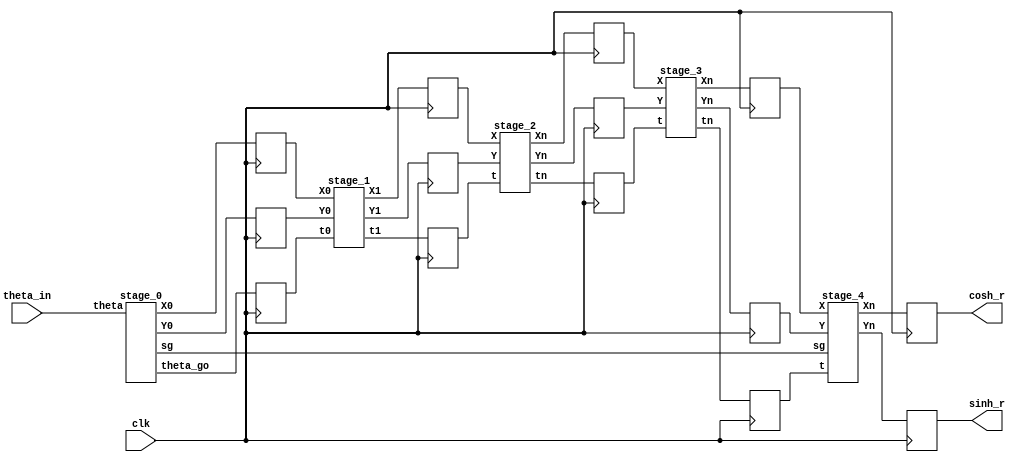
`timescale 1ns / 1ps
//////////////////////////////////////////////////////////////////////////////////
// Company: 
// Engineer: 
// 
// Design Name: 
// Module Name: flow
// Project Name: 
// Target Devices: 
// Tool Versions: 
// Description: 
// 
// Dependencies: 
// 
// Revision:
// Revision 0.01 - File Created
// Additional Comments:
// 
//////////////////////////////////////////////////////////////////////////////////


module flow(
    input clk,
    //input [15:0] X0,
    //input [15:0] Y0,
    input [20:0] theta_in,
    output reg [20:0] cosh_r,
    output reg [20:0] sinh_r
    );
    
    
    wire [20:0] X0, Y0;
    wire [20:0] X1, Y1, X2, Y2, X3, Y3;
	wire [20:0] theta0, theta1, theta2, theta3;
	wire [20:0] cosh,sinh;
	
	reg [20:0] X0_r, Y0_r;
	reg [20:0] X1_r, Y1_r, X2_r, Y2_r, X3_r, Y3_r;
	reg [20:0] theta0_r, theta1_r, theta2_r, theta3_r;
	
	wire sg;
	
	//wire [15:0]t_abs;
	//wire s_bit;
	
	//abs1 inst(theta0,t_abs, s_bit);
	
	
	stage_0 s0(theta_in, theta0, sg, X0, Y0);
	
	stage_1 s1(X0_r, Y0_r, theta0_r, X1, Y1, theta1);
	
	stage_2 s2(X1_r, Y1_r, theta1_r, X2, Y2, theta2);

	stage_3 s3(X2_r, Y2_r, theta2_r, X3, Y3, theta3);
	
	stage_4 s4(X3_r, Y3_r, theta3_r, sg, cosh, sinh);



	
	always@(posedge clk)
	begin
	   
	   theta0_r <= theta0;
	   theta1_r <= theta1;
	   theta2_r <= theta2;
	   theta3_r <= theta3;
	   
	   X0_r <= X0;
	   X1_r <= X1;
       X2_r <= X2;
       X3_r <= X3;
        	
       Y0_r <= Y0;
       Y1_r <= Y1;
       Y2_r <= Y2;
       Y3_r <= Y3;
       
       cosh_r <= cosh;
       sinh_r <= sinh;
	
	end
	
	
    
endmodule





//stage 1

module stage_1(
	input [20:0] X0, Y0, t0,
	output reg [20:0] X1, Y1, t1);

	wire [20:0] t_abs;
	wire s_bit;
	
	wire [20:0] xs, xc, ys, yc;
	
	
	(*DONT_TOUCH = "YES"*) abs1 inst1 (t0, t_abs, s_bit);
	(*DONT_TOUCH = "YES"*) shift_1 inst2  (X0,Y0,xc,ys);
	(*DONT_TOUCH = "YES"*) shift_1 inst3 (Y0,X0,yc,xs);
	
	
	//wire [15:0] xs_c,ys_c;
	//two_c inst_c1(xs,ys,xs_c,ys_c);
	
	
	
	always@(*)begin
		if(t_abs <=21'b000000100000000000000)
		begin
			X1 = X0;
			Y1 = Y0;
			t1 = t0;	
		end
		else
		begin
		     X1 = (s_bit) ? xc-ys : xc+ys ;
		     //X1 = xc+ys;
		     Y1 = (s_bit) ? yc-xs : yc+xs ;
		     t1 = (s_bit) ? t0 +21'b000001000000000000000 : t0 - 21'b000001000000000000000 ;
		end
		
		
		
	end

endmodule



// stage 2

module stage_2(
	input [20:0]X,Y,t,
	output reg [20:0] Xn, Yn, tn);
	
	wire [20:0] t_abs;
	wire s_bit;
	
	(*DONT_TOUCH = "YES"*) abs1 inst4(t,t_abs,s_bit);
	
	wire [20:0] xc,ys, yc, xs;
	
	(*DONT_TOUCH = "YES"*) shift_2 inst5(X,Y,t_abs,xc,ys);
	(*DONT_TOUCH = "YES"*) shift_2 inst6(Y,X,t_abs,yc,xs);
	
	always@(*)begin
		if(t_abs <= 21'b000000001000000000000)
		begin
			Xn = X;
			Yn = Y;
			tn = t;
			
		end
		else
		begin
		
			Xn = (s_bit)? (xc-ys) : (xc+ys) ;
			Yn = (s_bit)? (yc-xs) : (yc+xs) ;
			
			if (t_abs > 21'b000000011000000000000)
			begin
				tn = (s_bit) ? (t+21'b000000100000000000000) : (t-21'b000000100000000000000) ;
			end
			else
			begin
				tn = (s_bit) ? (t+21'b000000010000000000000) : (t-21'b000000010000000000000) ;
			end
			
		end
	end
	
	
endmodule

// stage 3

module stage_3(
	input [20:0]X,Y,t,
	output reg [20:0] Xn, Yn, tn);
	
	wire [20:0] t_abs;
	wire s_bit;
	
	(*DONT_TOUCH = "YES"*) abs1 inst7(t,t_abs,s_bit);
	
	wire [20:0] xc,ys, yc, xs;
	
	(*DONT_TOUCH = "YES"*) shift_3 inst8(X,Y,t_abs,xc,ys);
	(*DONT_TOUCH = "YES"*) shift_3 inst9(Y,X,t_abs,yc,xs);
	
	//wire [15:0] xs_c,ys_c;
	//two_c inst_c3(xs,ys,xs_c,ys_c);
	
	
	always@(*)begin
		if(t_abs <= 21'b000000000010000000000)
		begin
			Xn = X;
			Yn = Y;
			tn = t;
			
		end
		else
		begin
		
			Xn = (s_bit)? (xc-ys) : (xc+ys) ;
			//Xn = xc+ys;
			Yn = (s_bit)? (yc-xs) : (yc+xs) ;
			
			if (t_abs > 21'b000000000110000000000)
			begin
				tn = (s_bit) ? (t+21'b000000001000000000000) : (t-21'b000000001000000000000) ;
			end
			else
			begin
				tn = (s_bit) ? (t+21'b000000000100000000000) : (t-21'b000000000100000000000) ;
			end
			
		end
	end
	
	
endmodule


//// stage 4

// stage 4




module stage_4(
	input [20:0] X,Y,t,
	input sg,
	output [20:0] Xn, Yn);
	
	wire [20:0] t_abs;
	wire s_bit;
	
	//wire [3:0] kc;
	
	(*DONT_TOUCH = "YES"*)abs1 inst10(t,t_abs,s_bit);
	
	//assign kc = 4'b0001;   
	//assign ks = 4'b0001;
	
	wire [20:0] X_sh, Y_sh;
	
	assign X_sh = (X>>7);
	assign Y_sh = (Y>>7);
	
	wire [20:0]Yn_t;
	
	assign Xn = (s_bit) ? (X + (X>>13) -Y_sh) : (X + (X>>13) +Y_sh) ; 
	assign Yn_t = (s_bit) ? (Y + (Y>>13) -X_sh) : (Y + (Y>>13) +X_sh) ; //Yn_t
	
	assign Yn = (sg) ? ((~Yn_t)+1'b1) : Yn_t ;
	
	
	//to determine residual error 
//	wire [15:0] r_an;
//	assign r_an = (s_bit)? (t + 16'b0000000010000000) : (t - 16'b0000000010000000);
	
	
endmodule


// shift 1

module shift_1 (
	input [20:0] x,y,
	output [20:0] xs, ys);
	

	assign ys = (y>>1) + (y>>6) + (y>>8) + (y>>10) + (y>>11);
	
   	assign xs = (x) + (x>>3) + (x>>9) + (x>>11) + (x>>13) + (x>>15);
	
endmodule

// shift 2

module shift_2(
	input [20:0] x,y,
	input [20:0] t_abs,
	output [20:0] sx,sy);

	
	wire [20:0] sx_1, sx_2;
	
	assign sx_1 = (x) + (x>>5) + (x>>13) + (x>>15); 
	assign sx_2 = (x) + (x>>7);
	
	assign sx = (t_abs  > 21'b000000011000000000000) ? sx_1 : sx_2;
	
	
	wire [15:0] sy_1, sy_2;
	
	assign sy_1 = (y>>2) + (y>>9) + (y>>11) + (y>>13) + (y>>15);
	assign sy_2 = (y>>3) + (y>>12) + (y>>14);
	
	assign sy = (t_abs  > 21'b000000011000000000000) ? sy_1 : sy_2;
	
endmodule

// shift 3

module shift_3(
	input[20:0]x,y,
	input [20:0] t_abs,
	output [20:0] sx,sy);

	wire [20:0] sx_1, sx_2;
	
	assign sx_1 = (x) + (x>>9);
	assign sx_2 = (x) + (x>>11);
	
	assign sx = (t_abs  > 21'b000000000110000000000) ? sx_1 : sx_2;
	
	
	wire [20:0] sy_1, sy_2;
	
	assign sy_1 = (y>>4) + (y>>15);
	assign sy_2 = (y>>5);
	
	assign sy = (t_abs  > 21'b000000000110000000000) ? sy_1 : sy_2;
	
endmodule





// absolute value

module abs1(
	input [20:0] theta,
	output [20:0] a_theta,
	output sign);
	

	
	wire [20:0] sign_21;
	wire [20:0] sign_1;
	assign sign = theta[20];
	
	assign sign_21 = {21{theta[20]}};
	assign sign_1 = {20'b0 , theta[20]};
	
	assign a_theta = (theta^sign_21) + sign_1;
	

endmodule



module stage_0(input [20:0] theta,
              output reg [20:0]theta_go,
              output sg,
              output reg [20:0] X0,Y0);

    wire [20:0] temp;
    (*DONT_TOUCH = "YES"*) abs1 z1(theta, temp, sg);
    
    always@(theta)
    begin
        if(temp < 21'b000001100100100001111)
        begin
            X0 = 21'b000010000000000000000;
            Y0 = 21'b000000000000000000000;
            theta_go =  temp;
        end
        else if(temp < 21'b000011001001000011111)
        begin
            X0 = 21'b000010101010001111011;
            Y0 = 21'b000001101111010111001;
            theta_go = temp - 21'b000001100100100001111;
        end
        else if(temp < 21'b000100101101100101111)
        begin
            X0 = 21'b000101000001010011110;
            Y0 = 21'b000100100110011001101;
            theta_go = temp - 21'b000011001001000011111;
        end 
        else
        begin
            X0 = 21'b001010101000111101100;
            Y0 = 21'b001010011100001010010;
            theta_go = temp - 21'b000100101101100101111;
        end
	end    
    


endmodule